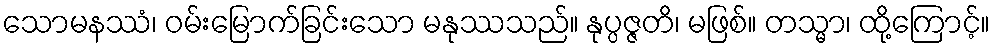
သောမနဿံ၊ ဝမ်းမြောက်ခြင်းသော မနုဿသည်။ နုပ္ပဇ္ဇတိ၊ မဖြစ်။ တသ္မာ၊ ထို့ကြောင့်။